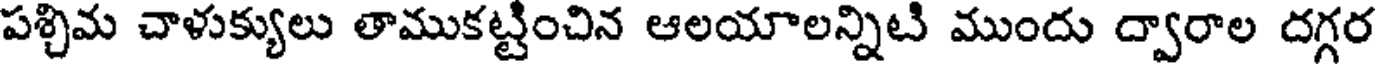
పశ్చిమ చాళుక్యులు తాముకట్టించిన ఆలయాలన్నిటి ముందు ద్వారాల దగ్గర